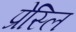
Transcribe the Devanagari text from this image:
प्रेस्लि